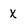
Character: x